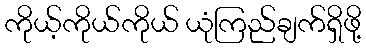
ကိုယ့်ကိုယ်ကိုယ် ယုံကြည်ချက်ရှိဖို့